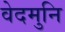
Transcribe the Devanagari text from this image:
वेदमुनि